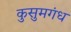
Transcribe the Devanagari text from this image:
कुसुमगंध